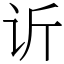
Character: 䜣